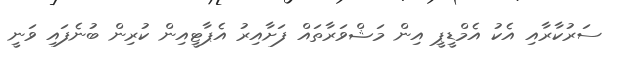
ސަރުކާރާއި އެކު އެމްޑީޕީ އިން މަޝްވަރާތައް ފަށާއިރު އެޕާޓީއިން ކުރިން ބުނެފައި ވަނީ